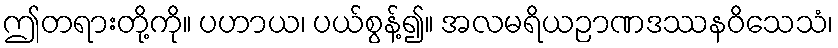
ဤတရားတို့ကို။ ပဟာယ၊ ပယ်စွန့်၍။ အလမရိယဉာဏဒဿနဝိသေသံ၊